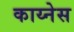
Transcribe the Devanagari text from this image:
काय्नेस